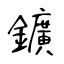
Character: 鑛